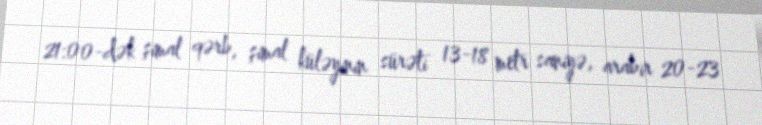
21:00-dək şimal qərb, şimal küləyinin sürəti 13-18 metr saniyə, arabir 20-23